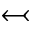
\leftarrowtail